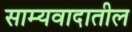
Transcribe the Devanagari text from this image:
साम्यवादातील